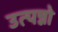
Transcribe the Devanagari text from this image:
उत्पन्नो